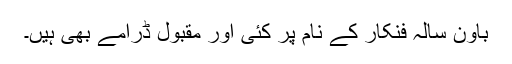
باون سالہ فنکار کے نام پر کئی اور مقبول ڈرامے بھی ہیں۔